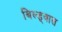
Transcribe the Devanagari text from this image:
बिल्ड्वास